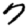
Digit: 7